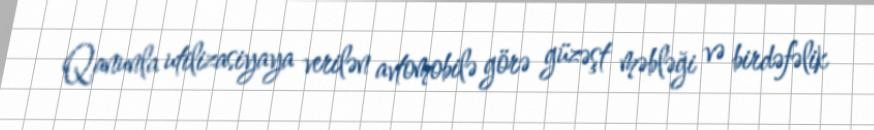
Qanunla utilizasiyaya verilən avtomobilə görə güzəşt məbləği və birdəfəlik